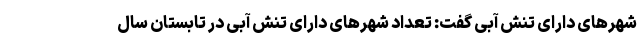
شهرهای دارای تنش آبی گفت: تعداد شهرهای دارای تنش آبی در تابستان سال